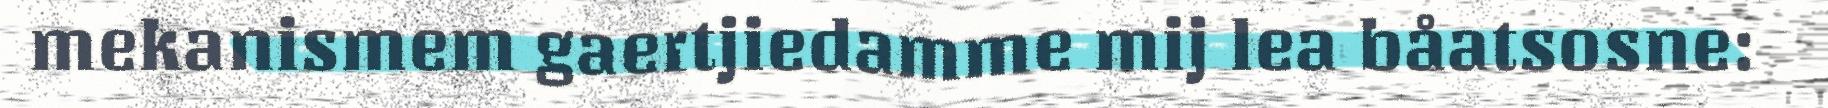
mekanismem gaertjiedamme mij lea båatsosne: